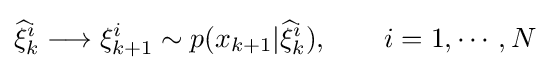
{\widehat {\xi }}_{k}^{i}\longrightarrow \xi _{k+1}^{i}\sim p(x_{k+1}|{\widehat {\xi }}_{k}^{i}),\qquad i=1,\cdots ,N